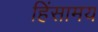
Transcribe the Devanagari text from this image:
हिंसामय